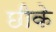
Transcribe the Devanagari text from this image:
छीके